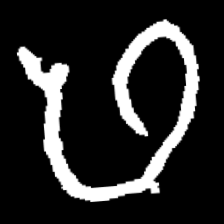
Pyu character \u2014 Myanmar letter: ဖ (romanized: pha)